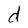
Character: d